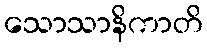
သောသာနိကာတိ